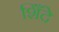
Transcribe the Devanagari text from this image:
शिँदे